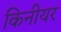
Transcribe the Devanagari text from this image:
किनीयर